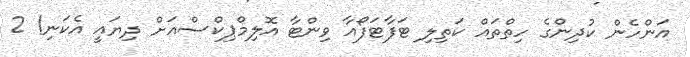
އަންހެން ކުދިންގެ ހިތްތައް ކަތިލި ޓަފާޓަފޯއާ ވިންޓާ އޮލިމްޕިކްސްއަށް ދިޔައީ އެކަނި! 2